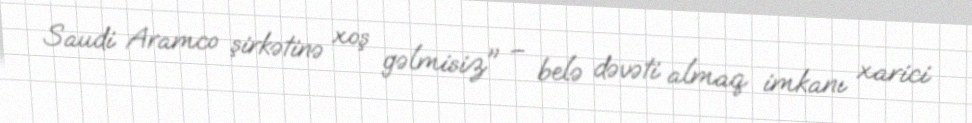
Saudi Aramco şirkətinə xoş gəlmisiz" – belə dəvəti almaq imkanı xarici